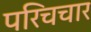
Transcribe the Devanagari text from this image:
परिचचार